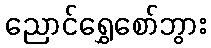
ညောင်ရွှေစော်ဘွား